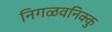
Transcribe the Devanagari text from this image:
निगळवनिक्कु